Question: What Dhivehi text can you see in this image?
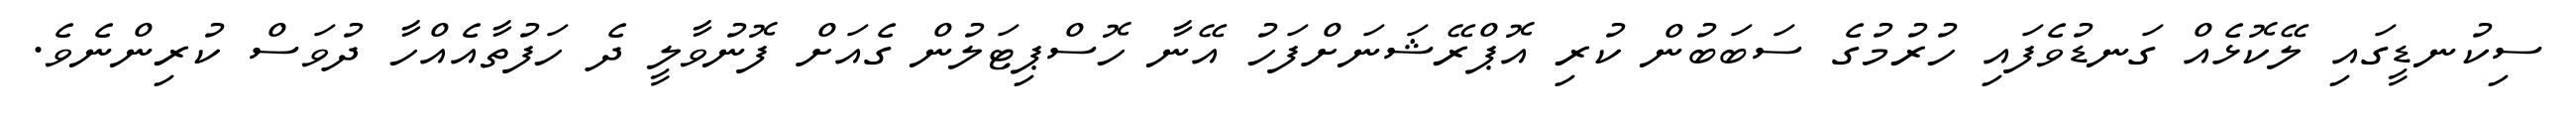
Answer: ސިކުނޑީގައި ލޭކޮޅެއް ގަނޑުވެފައި ހުރުމުގެ ސަބަބުން ކުރި އޮޕްރޭޝަނަށްފަހު އޭނާ ހޮސްޕިޓަލުން ގެއަށް ފޮނުވާލީ ދެ ހަފުތާއެއްހާ ދުވަސް ކުރިންނެވެ.